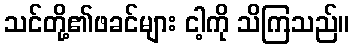
သင်တို့၏ဖခင်များ ငါ့ကို သိကြသည်။